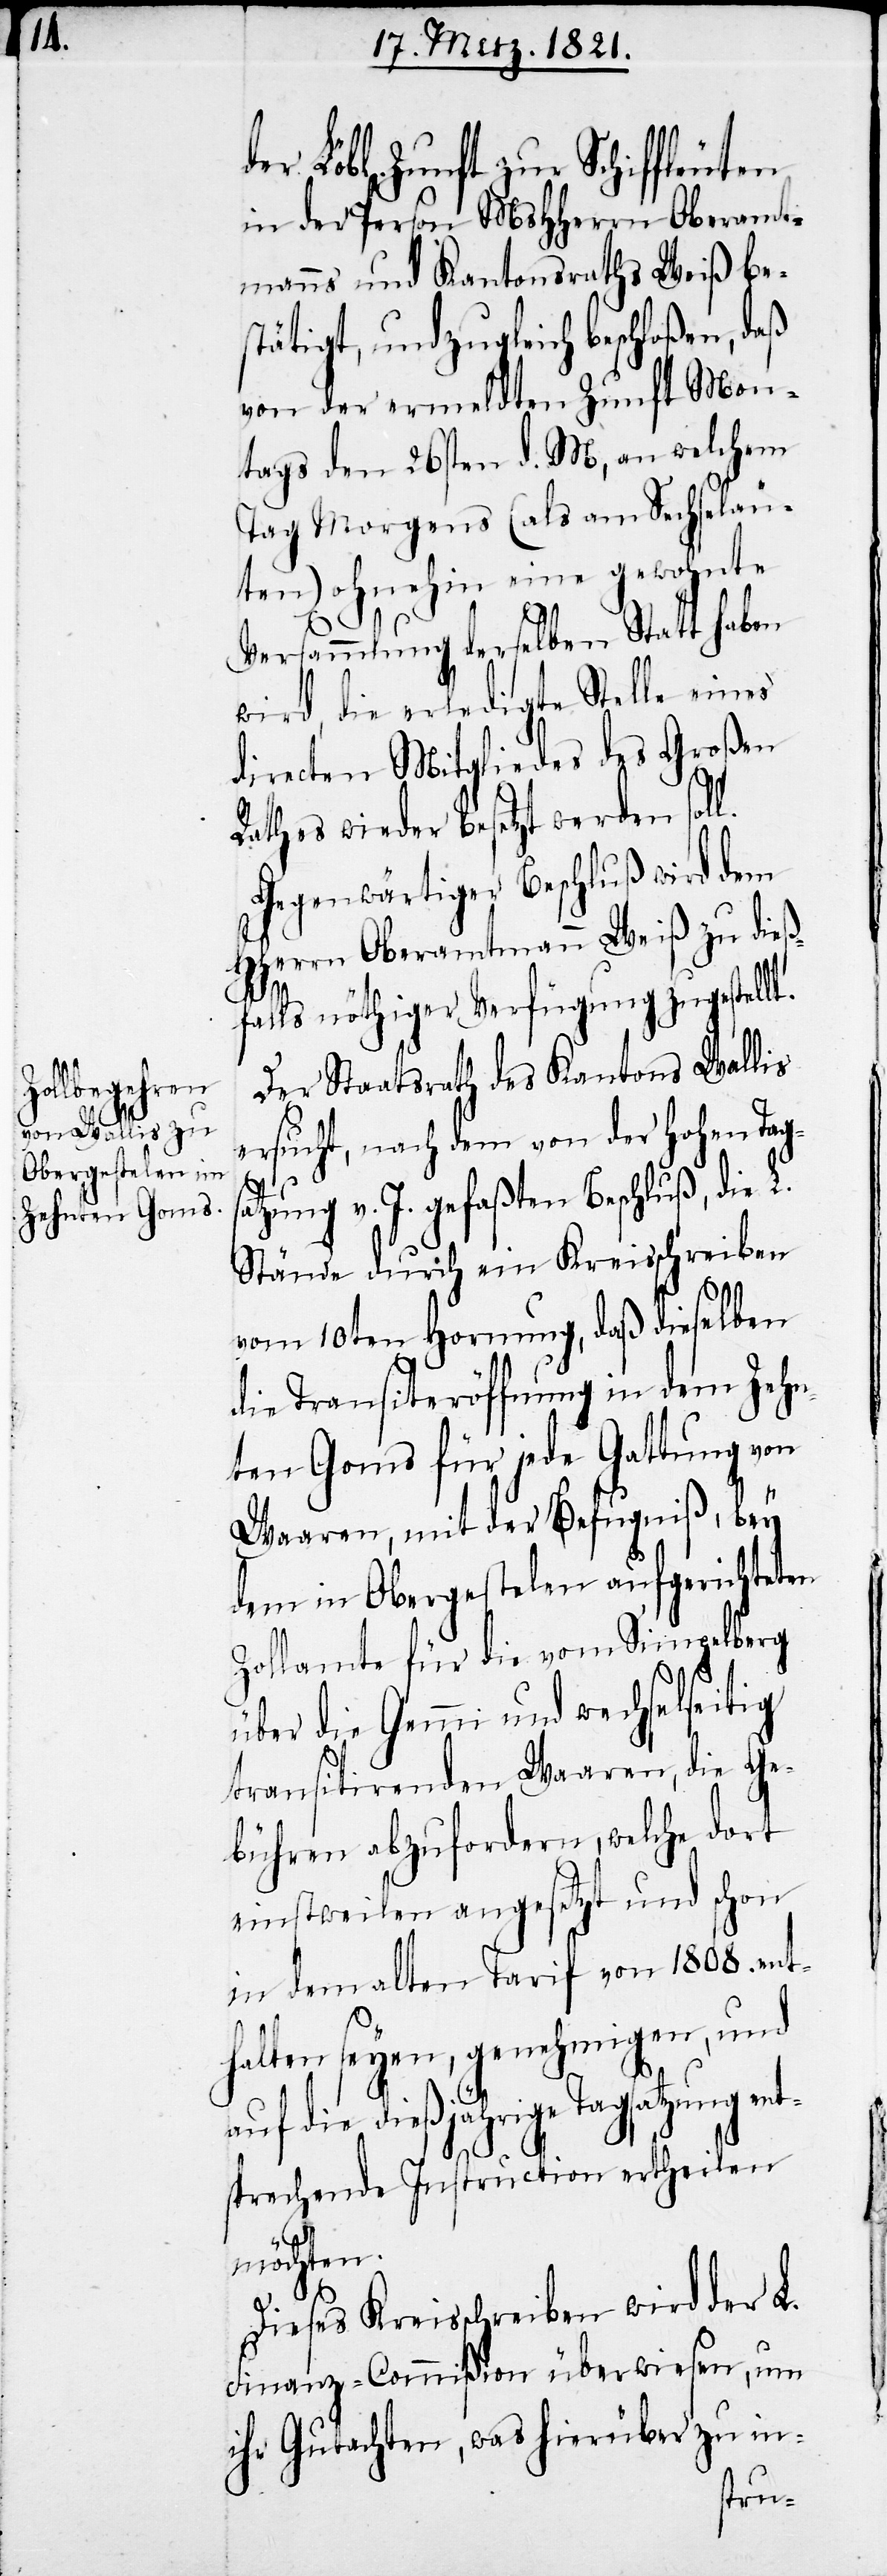
l.

der Löbl. Zunft zur Schiffleuten
in der Person MHochgeachten Oberamt¬
manns und Kantonsraths Weiß bes¬
tätigt, und zugleich beschloßen, daß
von der ermeldten Zunft Mon¬
tags den 26sten d. M., an welchem
Tag Morgens (als am Sechseläu¬
ten) ohnehin eine gewohnte
t¬
Versammlung derselben Statt haben
wird, die erledigte Stelle eines
directen Mitgliedes des Großen
Rathes wieder besetzt werden sol¬
Gegenwärtiger Beschluß wird dem
HHerrn Oberamtmann Weiß zu dieß¬
falls nöthiger Verfügung zugestellt.
Der Staatsrath des Kantons Wallis
ersucht, nach dem von der hohen Tags¬
atzung v. J. gefaßten Beschluß, die L.
Stände durch ein Kreisschreiben
vom 10ten Hornung, daß dieselben
in Transiteröffnung in dem Zehn¬
ten Goms für jede Gattung von
Waaren, mit der Befugniß, bey
dem in Obergestelen aufgerichteten
Zollamte für die vom Simpelberg
über die Gemmi und wechselseitig
transitirenden Waaren, die Ge¬
bühren abzufordern, welche dort
einstweilen angesetzt und schon
in dem alten Tarif von 1808. ent¬
halten seyen, genehmigen, und
auf die dießjährige Tagsatzung en¬
sprechende Instructionen ertheilen
möchten.
Dieses Kreisschreiben wird der L.
Finanz-Commißion überwiesen, um
ihr Gutachten, was hierüber zu in-